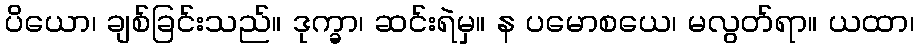
ပိယော၊ ချစ်ခြင်းသည်။ ဒုက္ခာ၊ ဆင်းရဲမှ။ န ပမောစယေ၊ မလွတ်ရာ။ ယထာ၊